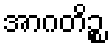
အာဂတိဉ္စ